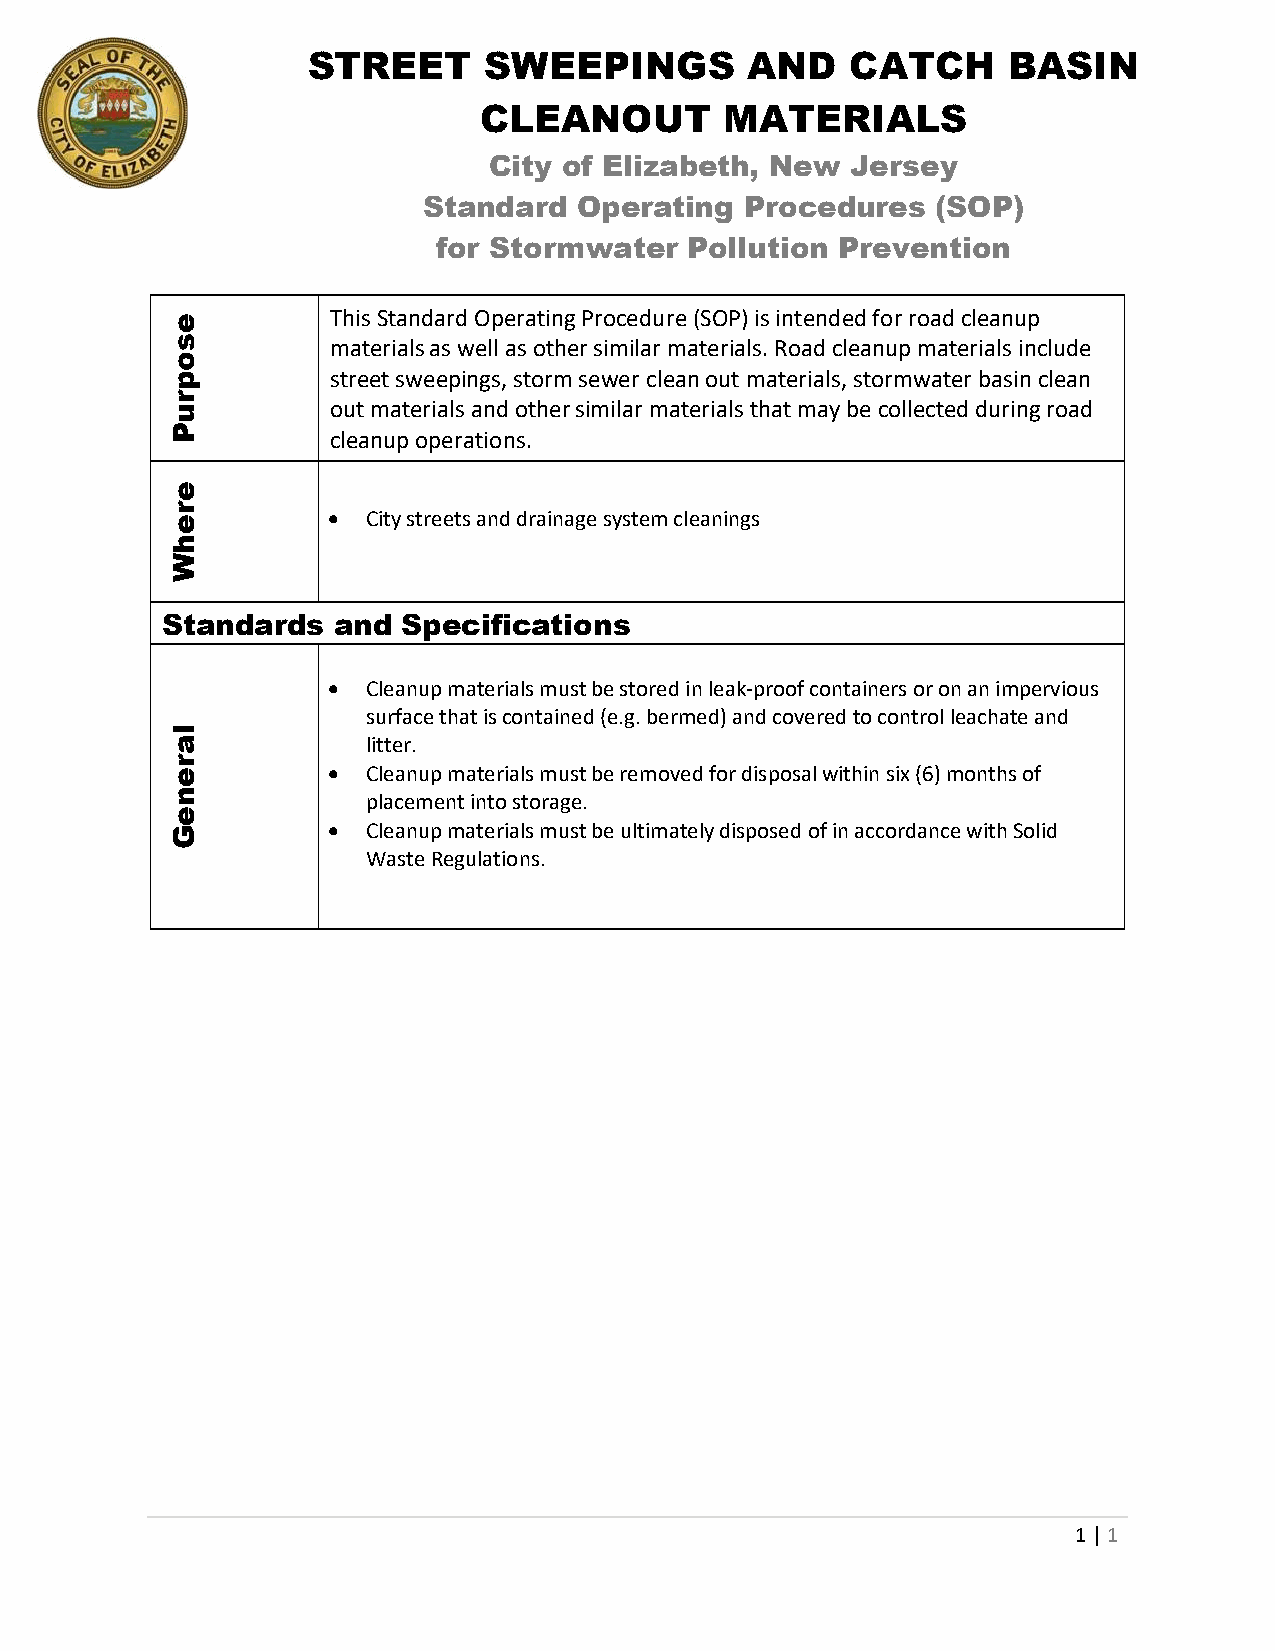
STREET      SWEEPINGS        AND    CATCH      BASIN
 CLEANOUT        MATERIALS
 City of Elizabeth, New  Jersey
 Standard  Operating  Procedures   (SOP)
 for Stormwater   Pollution Prevention
 This Standard Operating Procedure (SOP) is intended for road cleanup
 materials as well as other similar materials. Road cleanup materials include
 street sweepings, storm sewer clean out materials, stormwater basin clean
 out materials and other similar materials that may be collected during road
 cleanup operations.
 • City streets and drainage system cleanings
 Standards  and  Specifications
 • Cleanup materials must be stored in leak-proof containers or on an impervious
 surface that is contained (e.g. bermed) and covered to control leachate and
 litter.
 • Cleanup materials must be removed for disposal within six (6) months of
 placement into storage.
 • Cleanup materials must be ultimately disposed of in accordance with Solid
 Waste Regulations.
 1 | 1
 esopruP
 erehW
 lareneG